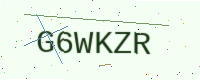
Text: G6WKZR